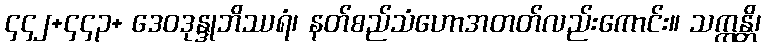
၄၄၂+၄၄၃+ ဒေဝဒုန္ဒုဘိဿရံ၊ နတ်စည်သံဟောအတတ်လည်းကောင်း။ သက္ကန္တိ၊